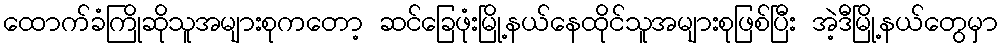
ထောက်ခံကြိုဆိုသူအများစုကတော့ ဆင်ခြေဖုံးမြို့နယ်နေထိုင်သူအများစုဖြစ်ပြီး အဲ့ဒီမြို့နယ်တွေမှာ